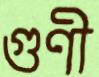
গুণী